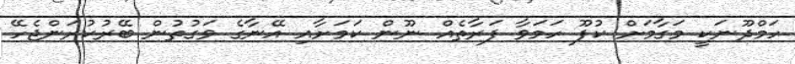
ހަމްދޫނަކީ މަގާމަށް ކުފޫ ހަމަވާ ފަރާތެއް ނޫން ކަމަށާއި އޭނާގެ ވަގުތުން ބޭރުކުރަންޖެހޭ